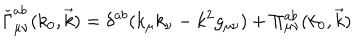
\check { \Gamma } _ { \mu \nu } ^ { a b } ( k _ { 0 } , \vec { k } ) = \delta ^ { a b } ( k _ { \mu } k _ { \nu } - k ^ { 2 } g _ { \mu \nu } ) + \Pi _ { \mu \nu } ^ { a b } ( k _ { 0 } , \vec { k } )